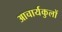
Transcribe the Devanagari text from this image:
आचार्यकुलों